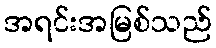
အရင်းအမြစ်သည်